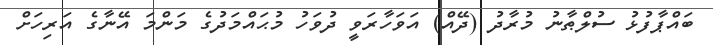
ބައްޕާފުޅު ސުލްޠާނު މުރާދު (ދޭއް) އަވަހާރަވީ ދުވަހު މުޙައްމަދުގެ މަންމަ އޭނާގެ އަރިހަށް